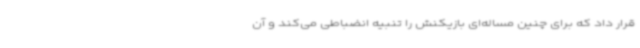
قرار داد که برای چنین مساله‌ای بازیکنش را تنبیه انضباطی می‌کند و آن